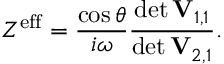
Z ^ { \mathrm { e f f } } = \frac { \cos \theta } { i \omega } \frac { \operatorname* { d e t } \mathbf { V } _ { 1 , 1 } } { \operatorname* { d e t } \mathbf { V } _ { 2 , 1 } } .